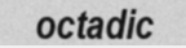
octadic